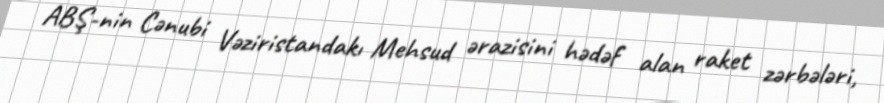
ABŞ-nin Cənubi Vəziristandakı Mehsud ərazisini hədəf alan raket zərbələri,